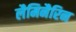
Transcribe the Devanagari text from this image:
लैमिनैरिन